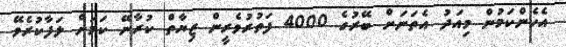
އެހެންކަމުން މިއަދު އެތަނަށް ބޭރުގެ 4000 ފަތުރުވެރީން ޒިޔާތް ކުރާނޭ ކަމަށް ލަފާކުރެވޭ